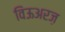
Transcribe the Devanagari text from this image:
विऊअरज़